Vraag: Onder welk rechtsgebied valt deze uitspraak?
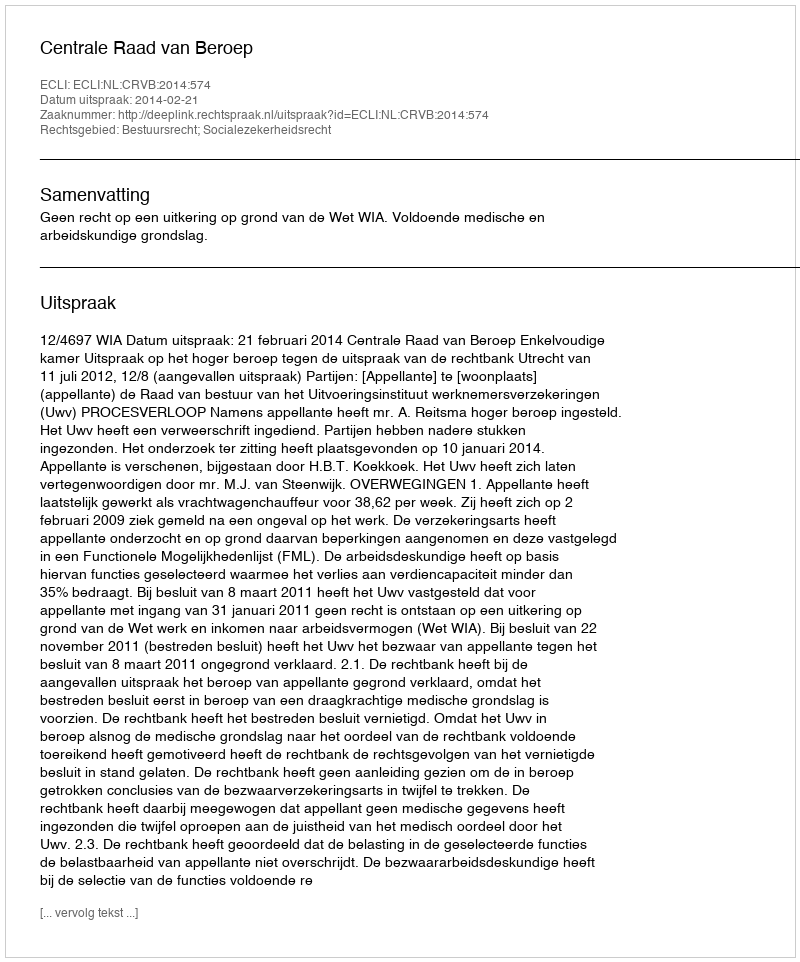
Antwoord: Bestuursrecht; Socialezekerheidsrecht